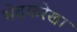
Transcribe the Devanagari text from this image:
भेदकरेखा